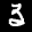
Label: 3